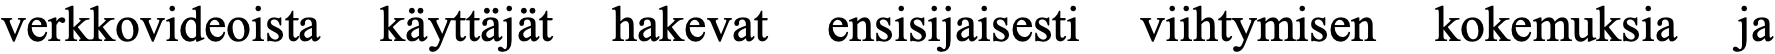
verkkovideoista käyttäjät hakevat ensisijaisesti viihtymisen kokemuksia ja